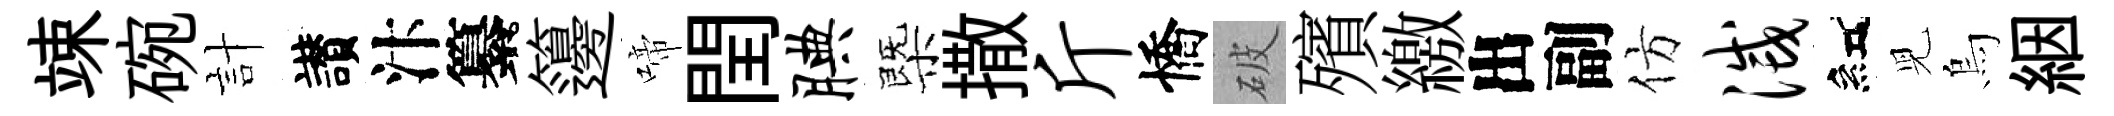
竦碗計讃汴纂籩啼閏腆㮣撒斤憍破殯繳出副仿灭紅児烏絪